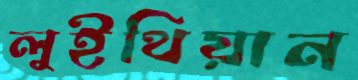
লুইথিয়ান